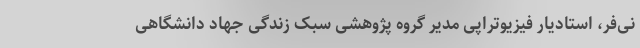
نی‌فر، استادیار فیزیوتراپی مدیر گروه پژوهشی سبک زندگی جهاد دانشگاهی